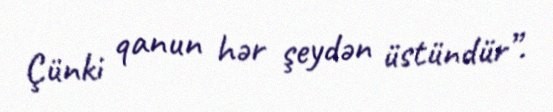
Çünki qanun hər şeydən üstündür”.